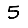
Digit: 5